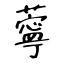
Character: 薴